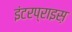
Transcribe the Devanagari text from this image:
इंटरप्राइस़